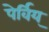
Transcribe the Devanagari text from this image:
पेर्विय्